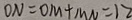
O N = O M + M N = 1 2